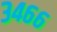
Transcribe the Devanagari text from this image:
३४६६